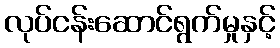
လုပ်ငန်းဆောင်ရွက်မှုနှင့်